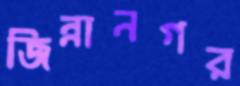
জিন্নানগর